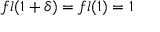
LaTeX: f l ( 1 + \delta ) = f l ( 1 ) = 1